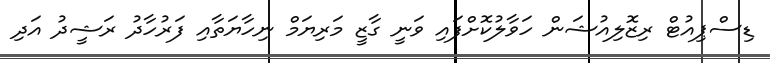
ޑިސްޕިއުޓް ރިޒޮލިއުޝަން ހަވާލުކޮށްފައި ވަނީ ގާޒީ މަރިޔަމް ނިހާޔަތާއި ފަރުހާދު ރަޝީދު އަދި